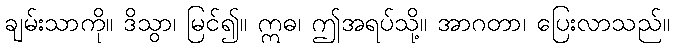
ချမ်းသာကို။ ဒိသွာ၊ မြင်၍။ ဣဓ၊ ဤအရပ်သို့။ အာဂတာ၊ ပြေးလာသည်။